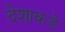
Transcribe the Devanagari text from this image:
देशाकडे